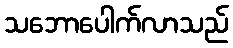
သဘောပေါက်လာသည်